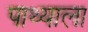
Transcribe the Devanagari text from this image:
पाथ्याला